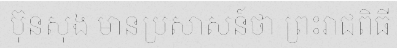
ប៊ុនសុង មានប្រសាសន៍ថា ព្រះរាជពិធី